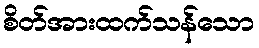
စိတ်အားထက်သန်သော